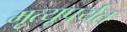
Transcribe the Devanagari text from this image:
मृत्यूपर्यत